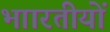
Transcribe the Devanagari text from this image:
भाारतीयों